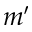
m ^ { \prime }